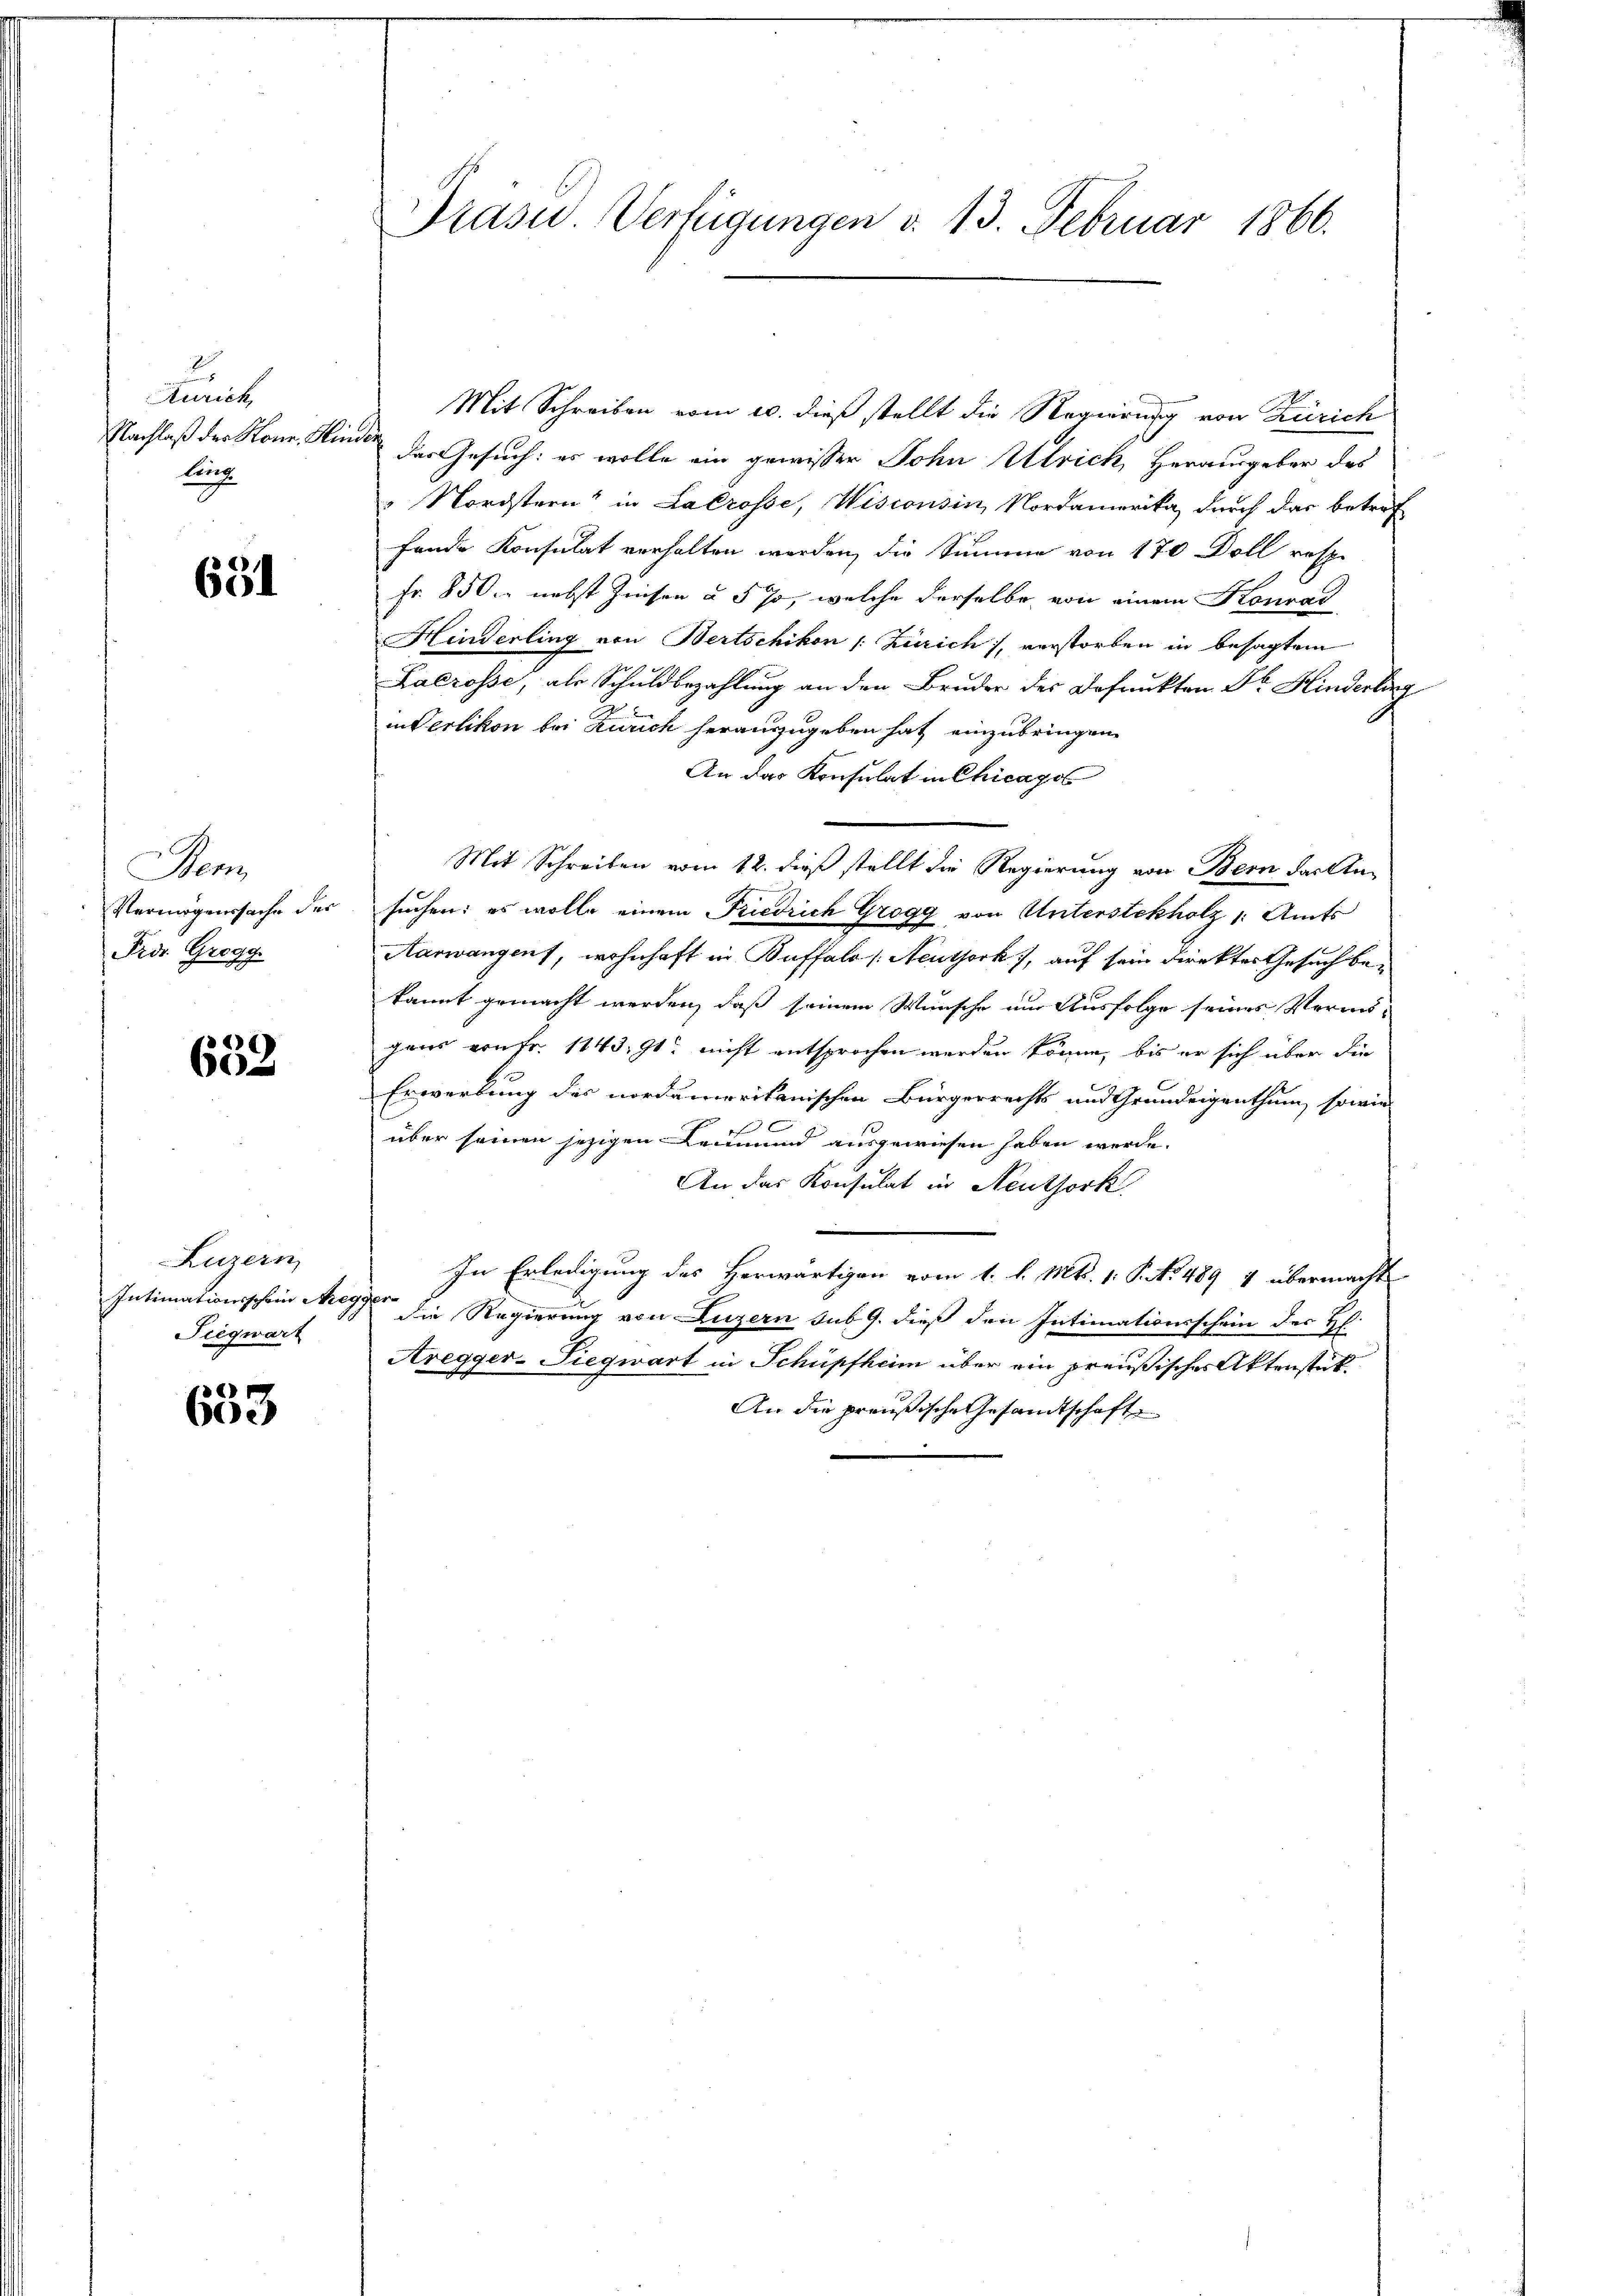
s
Aurich
lung

691

Pens
Vermögenssache der
Frds Grogg.

632

Luzern
Siegwart

6
Gise

Präsid.. Verfügungen v. 13. Februar 1866.

Mit Schreiben vom 10. dieß stellt die Regierung von Zürich
Nachlaß der Konr. Hinder der Gesuch: er wolle ein gewisser John Ulrich, Herausgeber des
" Nordstern“ in Lacrosse, Wisionsin, Nordamerika durch das betref
fande Konsulat verhalten werden, die Summe von 170 Doll resp.
Fr. 850. nebst Zinsen u. 5 so, welche derselbe von einem Konrad
Hinderling von Bertschikon /: Zürich, verstorben in besagtem
Lacrosse, als Schuldbezahlung an den Bruder des Befunkten Dr. Hinderberg
in Verlikon bei Zürich herauszugeben hat einzubringen.
An das Konsulat in Chicagos
Mit Schreiben vom 12. dieß stellt die Regierung von Bern das Ansuchen: es wolle einem Friedrich Grogg von Unterstekholz /: Amts
Aarwangen, wohnhaft in Buffalo /: Neuthork), auf sein Direktes Gesuch bekannt gemacht werden, daß seinem Wunsche um Ausfolge seines Vermögens von fr. 1143, 91. nicht entsprochen werden könne, bis er sich über die
Erwerbung des nordamerikanischen Bürgerrechts und Grundeigenthum, sowie
E
über seinen jezigen Leumund ausgewiesen haben werde.
An das Konsulat in Neuthork
In Erledigung des Herwärtigen vom 1. l. Mts. 1. P. No 489 4 übermacht
Intimationsschein Wege die Regierung von Luzern sub 9. dieß den Intimationsschein des H:
Aregger-Siegwart in Schüpfheim über ein preußischer Aktenstük¬
An die preußische Gesandtschaft